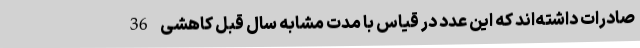
صادرات داشته‌اند که این عدد در قیاس با مدت مشابه سال قبل کاهشی 36